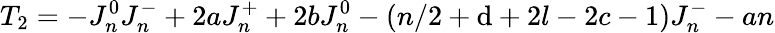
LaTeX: T_{2}=-J_{n}^{0}J_{n}^{-}+2aJ_{n}^{+}+2bJ_{n}^{0}-(n/2+\mathrm{d}+2l-2c-1)J_{n}^{-}-an